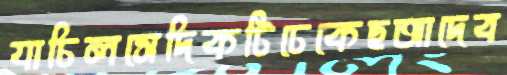
যাচিলসেদিকটিঢেকেছআদেব